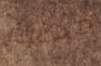
محلية